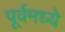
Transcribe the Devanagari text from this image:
पूर्वमध्ये